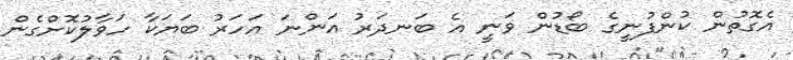
އެގޮތުން ކުންފުނީގެ ބޯޑުން ވަނީ އެ ބަނދަރު އަންނަ އަހަރު ބަޔަކާ ހަވާލުކޮށްގެން